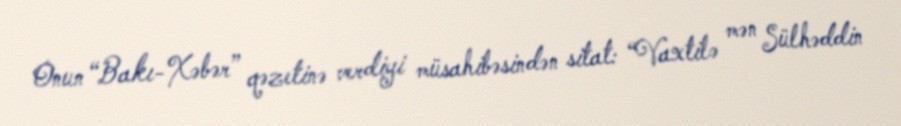
Onun “Bakı-Xəbər” qəzetinə verdiyi müsahibəsindən sitat: “Vaxtilə mən Sülhəddin